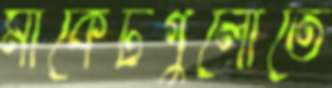
মার্কেটগুলোতে